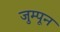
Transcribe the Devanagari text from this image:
जुम्पून